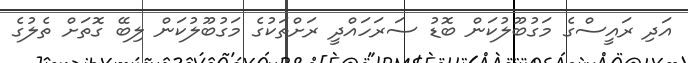
އަދި ރައީސްގެ މަގުބޫލުކަން ބޮޑު ސަރަހައްދީ ރަަށްތަކުގެ މަގުބޫލުކަން ލިބޭ ގޮތަށް ތެލުގެ